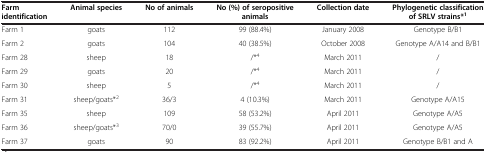
<table><thead><tr><td><b>Farm identification</b></td><td><b>Animal species</b></td><td><b>No of animals</b></td><td><b>No (%) of seropositive animals</b></td><td><b>Collection date</b></td><td><b>Phylogenetic classification of SRLV strains*<sup>1</sup></b></td></tr></thead><tbody><tr><td>Farm 1</td><td>goats</td><td>112</td><td>99 (88.4%)</td><td>January 2008</td><td>Genotype B/B1</td></tr><tr><td>Farm 2</td><td>goats</td><td>104</td><td>40 (38.5%)</td><td>October 2008</td><td>Genotype A/A14 and B/B1</td></tr><tr><td>Farm 28</td><td>sheep</td><td>18</td><td>/*<sup>4</sup></td><td>March 2011</td><td>/</td></tr><tr><td>Farm 29</td><td>goats</td><td>20</td><td>/*<sup>4</sup></td><td>March 2011</td><td>/</td></tr><tr><td>Farm 30</td><td>sheep</td><td>5</td><td>/*<sup>4</sup></td><td>March 2011</td><td>/</td></tr><tr><td>Farm 31</td><td>sheep/goats*<sup>2</sup></td><td>36/3</td><td>4 (10.3%)</td><td>March 2011</td><td>Genotype A/A15</td></tr><tr><td>Farm 35</td><td>sheep</td><td>109</td><td>58 (53.2%)</td><td>April 2011</td><td>Genotype A/A5</td></tr><tr><td>Farm 36</td><td>sheep/goats*<sup>3</sup></td><td>70/0</td><td>39 (55.7%)</td><td>April 2011</td><td>Genotype A/A5</td></tr><tr><td>Farm 37</td><td>goats</td><td>90</td><td>83 (92.2%)</td><td>April 2011</td><td>Genotype B/B1 and A</td></tr></tbody></table>